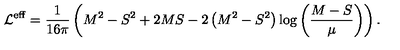
{ \cal L } ^ { \mathrm { \scriptsize e f f } } = \frac { 1 } { 1 6 \pi } \left( M ^ { 2 } - S ^ { 2 } + 2 M S - 2 \left( M ^ { 2 } - S ^ { 2 } \right) \log \left( \frac { M - S } { \mu } \right) \right) .